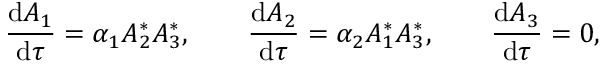
\frac { \mathrm { d } { A _ { 1 } } } { \mathrm { d } { \tau } } = \alpha _ { 1 } A _ { 2 } ^ { * } A _ { 3 } ^ { * } , \qquad \frac { \mathrm { d } { A _ { 2 } } } { \mathrm { d } { \tau } } = \alpha _ { 2 } A _ { 1 } ^ { * } A _ { 3 } ^ { * } , \qquad \frac { \mathrm { d } { A _ { 3 } } } { \mathrm { d } { \tau } } = 0 ,